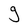
Character: g